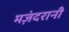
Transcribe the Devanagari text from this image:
मज़ंदरानी